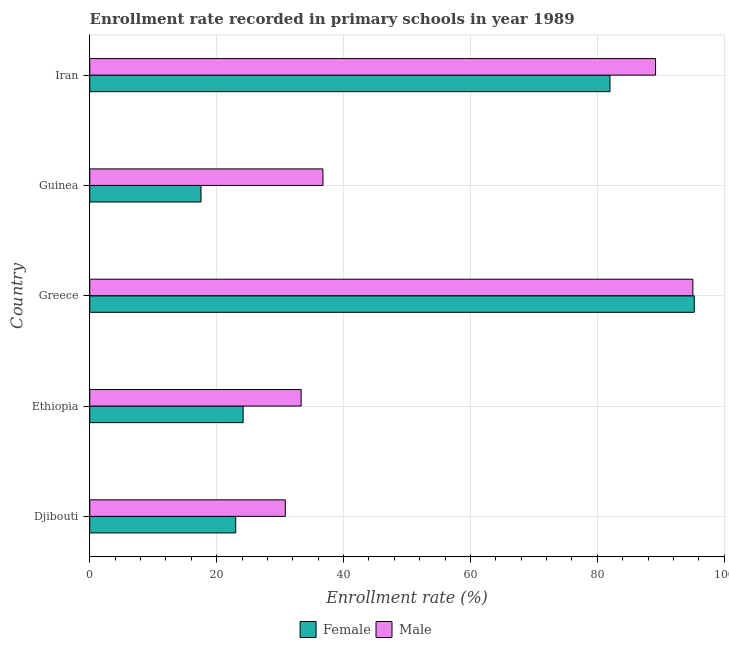
| Country | Female | Male |
 | --- | --- | --- |
 | Djibouti | 23 | 30.8 |
 | Ethiopia | 24.2 | 33.3 |
 | Greece | 95.3 | 95.1 |
 | Guinea | 17.5 | 36.8 |
 | Iran | 82 | 89.2 |